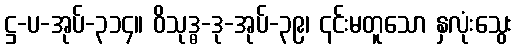
ဋ္ဌ-ပ-အုပ်-၃၁၄။ ဝိသုဒ္ဓ-ဒု-အုပ်-၃၉၊ ၎င်းမတူသော နှလုံးသွေး